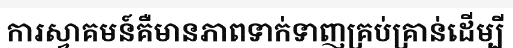
ការស្វាគមន៍គឺមានភាពទាក់ទាញគ្រប់គ្រាន់ដើម្បី